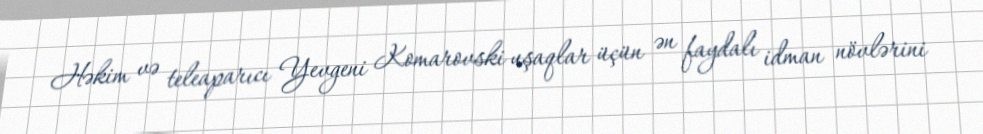
Həkim və teleaparıcı Yevgeni Komarovski uşaqlar üçün ən faydalı idman növlərini